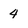
Character: 4